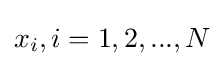
x_{i},i=1,2,...,N